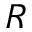
R